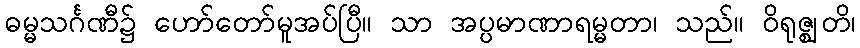
ဓမ္မသင်္ဂဏီ၌ ဟော်တော်မူအပ်ပြီ။ သာ အပ္ပမာဏာရမ္မတာ၊ သည်။ ဝိရုဇ္ဈတိ၊